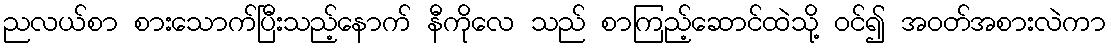
ညလယ်စာ စားသောက်ပြီးသည့်နောက် နီကိုလေ သည် စာကြည့်ဆောင်ထဲသို့ ဝင်၍ အဝတ်အစားလဲကာ